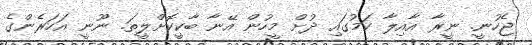
ޖެހުނީ. ނީރާ އާއިލާ ކަމުގައި ދުށް މީހުން އޭނާ ބާކީކޮށްލީތަ. ނޫނީ އަހަރެންގެ